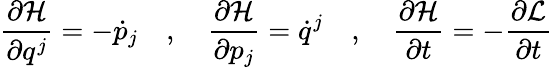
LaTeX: {\frac{\partial{\mathcal{H}}}{\partial q^{j}}}=-{\dot{p}}_{j}\quad,\quad{\frac{\partial{\mathcal{H}}}{\partial p_{j}}}={\dot{q}}^{j}\quad,\quad{\frac{\partial{\mathcal{H}}}{\partial t}}=-{\frac{\partial{\mathcal{L}}}{\partial t}}